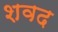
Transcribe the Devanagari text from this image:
शवद